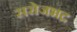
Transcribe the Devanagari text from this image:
सरोजभद्र